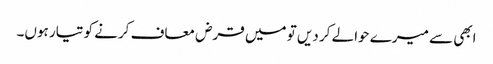
ابھی سے میرے حوالے کر دیں تو میں قرض معاف کرنے کو تیار ہوں۔